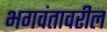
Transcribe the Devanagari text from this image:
भगवंतावरील